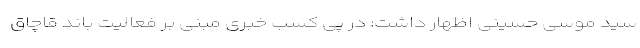
سید موسی حسینی اظهار داشت: در پی کسب خبری مبنی بر فعالیت باند قاچاق